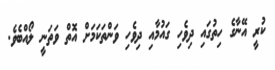
ކުރީ އޭނާގެ ހިތުގައި ދިވެހި ގައުމާއި ދިވެހި ވަންތަކަމަށް އޮތް ވަތަނީ ލޯއްބެވެ.